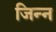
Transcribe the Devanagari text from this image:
जिन्‍न